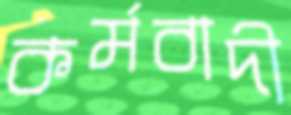
কর্মবাদী